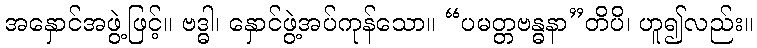
အနှောင်အဖွဲ့ဖြင့်။ ဗဒ္ဓါ၊ နှောင်ဖွဲ့အပ်ကုန်သော။ “ပမတ္တဗန္ဓနာ”တိပိ၊ ဟူ၍လည်း။